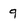
Character: 9